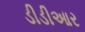
ડીડીઆર